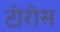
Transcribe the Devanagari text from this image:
टोरोस